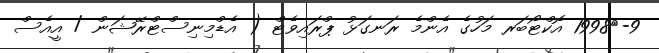
9-	1998 އޮކްޓޯބަރ މަހުގެ އެންމެ ރަނގަޅު ޕްރައިވެޓް ( އެޑްމިނިސްޓްރޭޝަން / އީއެސް